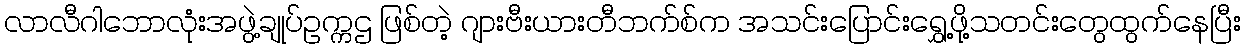
လာလီဂါဘောလုံးအဖွဲ့ချုပ်ဥက္ကဌ ဖြစ်တဲ့ ဂျားဗီးယားတီဘက်စ်က အသင်းပြောင်းရွှေ့ဖို့သတင်းတွေထွက်နေပြီး